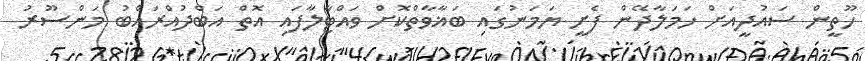
ހޫތީން ސައުދީއަށް ހަމަލާދޭން ފެށީ ޔަމަނުގައި ބަޣާވާތްކޮށް ވައްޓާލާފައި އޮތް އަބްދުއްރައްބު މަންސޫރު